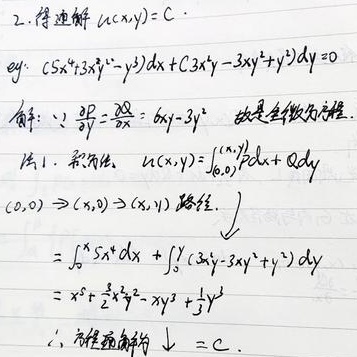
2. 得通解 \(u(x,y)=C\).
例：\((5x^{4}+3x^{2}y^{4}-y^{3})dx+(3x^{3}y^{3}-3xy^{2}+y^{2})dy = 0\)
解：\(\because\frac{\partial P}{\partial y}=\frac{\partial Q}{\partial x}=6xy^{3}-3y^{2}\)，故是全微分方程.
法1. 积分法. \(u(x,y)=\int_{(0,0)}^{(x,y)}Pdx + Qdy\)
\((0,0)\to(x,0)\to(x,y)\) 路径.
\[\begin{align*}
&=\int_{0}^{x}5x^{4}dx+\int_{0}^{y}(3x^{3}y^{3}-3xy^{2}+y^{2})dy\\
&=x^{5}+\frac{3}{4}x^{3}y^{4}-xy^{3}+\frac{1}{3}y^{3}
\end{align*}\]
\(\therefore\) 方程通解为 \(x^{5}+\frac{3}{4}x^{3}y^{4}-xy^{3}+\frac{1}{3}y^{3}=C\).